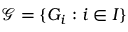
{ \mathcal { G } } = \{ G _ { i } : i \in I \}